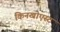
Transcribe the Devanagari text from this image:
किनखोएस्ट